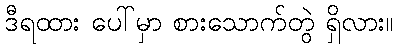
ဒီရထား ပေါ်မှာ စားသောက်တွဲ ရှိလား။